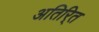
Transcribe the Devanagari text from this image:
अतिरि्‍त